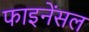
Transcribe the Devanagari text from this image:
फाइनेंसल